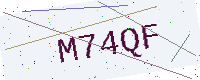
Text: M74QF